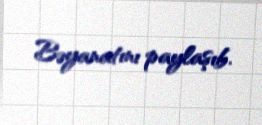
Bəyanatını paylaşıb.